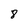
Character: 8